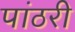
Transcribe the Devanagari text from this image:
पांठरी